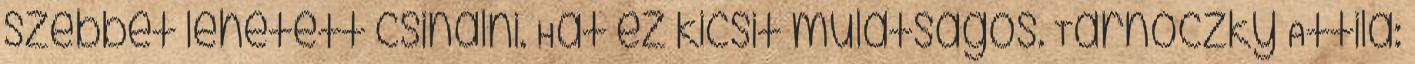
szebbet lehetett csinálni. Hát ez kicsit mulatságos. Tarnóczky Attila: